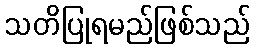
သတိပြုရမည်ဖြစ်သည်